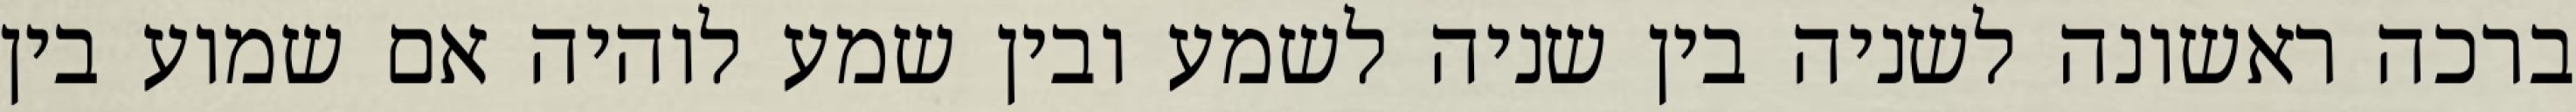
ברכה ראשונה לשניה בין שניה לשמע ובין שמע לוהיה אם שמוע בין